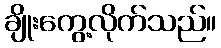
ချိုးကွေ့လိုက်သည်။